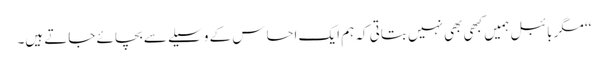
‘‘ مگر بائبل ہمیں کبھی بھی نہیں بتاتی کہ ہم ایک احساس کے وسیلے سے بچائے جاتے ہیں۔